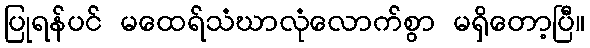
ပြုရန်ပင် မထေရ်သံဃာလုံလောက်စွာ မရှိတော့ပြီ။